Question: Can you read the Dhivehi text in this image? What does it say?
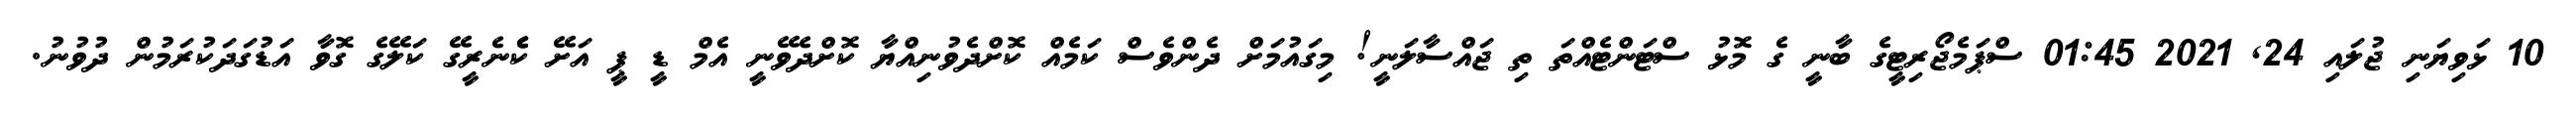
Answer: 10 ޅަވިޔަނި ޖުލައި 24, 2021 01:45 ސްޕަމެޖޯރިޓީގެ ބާނީ ގެ މޮޅު ސްޓަންޓެއްތަ ތި ޖައްސާލަނީ! މިގައުމަށް ދެންވެސް ކަމެއް ކޮށްދެވުނިއްޔާ ކޮށްދެވޭނީ އެމް ޑީ ޕީ އަށޭ ކެެެނެރީގޭ ކަލޭގެ ގޮވާ އަޑުގަދަކުރަމުން ދުވުނު.